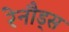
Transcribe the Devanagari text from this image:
रेनौड्स